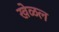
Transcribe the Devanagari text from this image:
खेळल